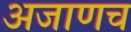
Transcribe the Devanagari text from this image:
अजाणच